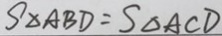
S _ { \Delta A B D } = S _ { \Delta A C D }